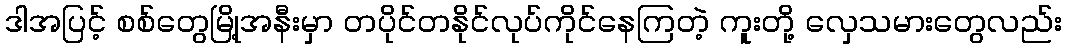
ဒါအပြင့် စစ်တွေမြို့အနီးမှာ တပိုင်တနိုင်လုပ်ကိုင်နေကြတဲ့ ကူးတို့ လှေသမားတွေလည်း